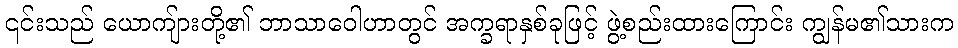
၎င်းသည် ယောကျ်ားတို့၏ ဘာသာဝေါဟာတွင် အက္ခရာနှစ်ခုဖြင့် ဖွဲ့စည်းထားကြောင်း ကျွန်မ၏သားက